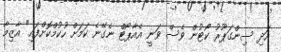
އަދި ސިންގަޕޫރު ކޯޓުން ވެސް ވަނީ އެއާޕޯޓް ނެގޭނެ ކަމަށް ހުކުމްކޮށްފައި" އާޒިމާ